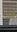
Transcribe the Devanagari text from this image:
क्यिड